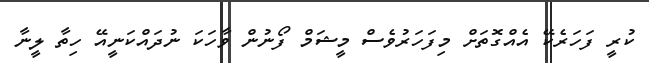
ކުރީ ފަހަރެކޭ އެއްގޮތަށް މިފަހަރުވެސް މީޝަމް ފޯނުން ވާހަކަ ނުދައްކަނީއޭ ހިތާ ލީނާ